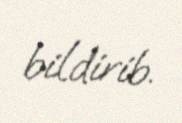
bildirib.